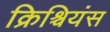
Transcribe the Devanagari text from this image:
क्रिश्चियंस